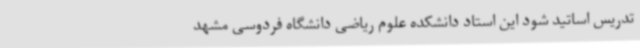
تدریس اساتید شود این استاد دانشکده علوم ریاضی دانشگاه فردوسی مشهد